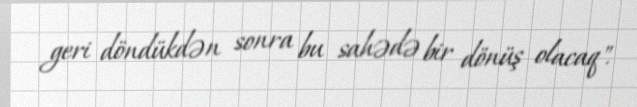
geri döndükdən sonra bu sahədə bir dönüş olacaq".